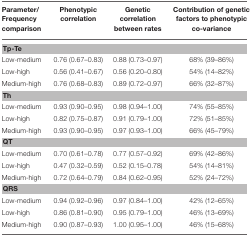
| Parameter/Frequency comparison | Phenotypic correlation | Genetic correlation between rates | Contribution of genetic factors to phenotypic co-variance |
 | --- | --- | --- | --- |
 | <COLSPAN=4> Tp-Te |
 | Low-medium | 0.76 (0.67–0.83) | 0.88 (0.73–0.97) | 68% (39–86%) |
 | Low-high | 0.56 (0.41–0.67) | 0.56 (0.20–0.80) | 54% (14–82%) |
 | Medium-high | 0.76 (0.68–0.83) | 0.89 (0.72–0.97) | 66% (32–87%) |
 | <COLSPAN=4> Th |
 | Low-medium | 0.93 (0.90–0.95) | 0.98 (0.94–1.00) | 74% (55–85%) |
 | Low-high | 0.82 (0.75–0.87) | 0.91 (0.79–1.00) | 72% (51–85%) |
 | Medium-high | 0.93 (0.90–0.95) | 0.97 (0.93–1.00) | 66% (45–79%) |
 | <COLSPAN=4> QT |
 | Low-medium | 0.70 (0.61–0.78) | 0.77 (0.57–0.92) | 69% (42–86%) |
 | Low-high | 0.47 (0.32–0.59) | 0.52 (0.15–0.78) | 54% (14–81%) |
 | Medium-high | 0.72 (0.64–0.79) | 0.84 (0.62–0.95) | 52% (24–72%) |
 | <COLSPAN=4> QRS |
 | Low-medium | 0.94 (0.92–0.96) | 0.97 (0.84–1.00) | 42% (12–65%) |
 | Low-high | 0.86 (0.81–0.90) | 0.95 (0.79–1.00) | 46% (13–69%) |
 | Medium-high | 0.90 (0.87–0.93) | 1.00 (0.95–1.00) | 46% (15–68%) |